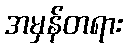
အမှန်တရား